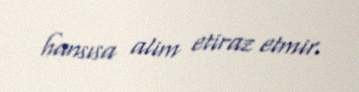
hansısa alim etiraz etmir.